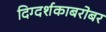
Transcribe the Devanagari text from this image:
दिग्दर्शकाबरोबर